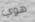
هوي